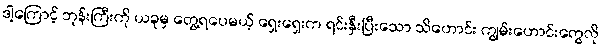
ဒါ့ကြောင့် ဘုန်းကြီးကို ယခုမှ တွေ့ရပေမယ့် ရှေးရှေးက ရင်းနှီးပြီးသော သိဟောင်း ကျွမ်းဟောင်းတွေလို